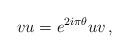
LaTeX: \begin{align*}vu=e^{2i\pi\theta}uv\, ,\end{align*}